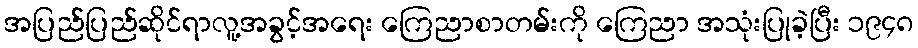
အပြည်ပြည်ဆိုင်ရာလူ့အခွင့်အရေး ကြေညာစာတမ်းကို ကြေညာ အသုံးပြုခဲ့ပြီး ၁၉၄၈